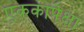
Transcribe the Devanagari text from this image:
एककापेक्षा